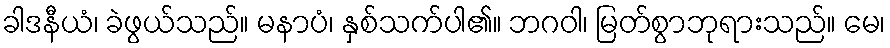
ခါဒနီယံ၊ ခဲဖွယ်သည်။ မနာပံ၊ နှစ်သက်ပါ၏။ ဘဂဝါ၊ မြတ်စွာဘုရားသည်။ မေ၊